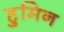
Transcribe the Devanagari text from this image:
हुमिन